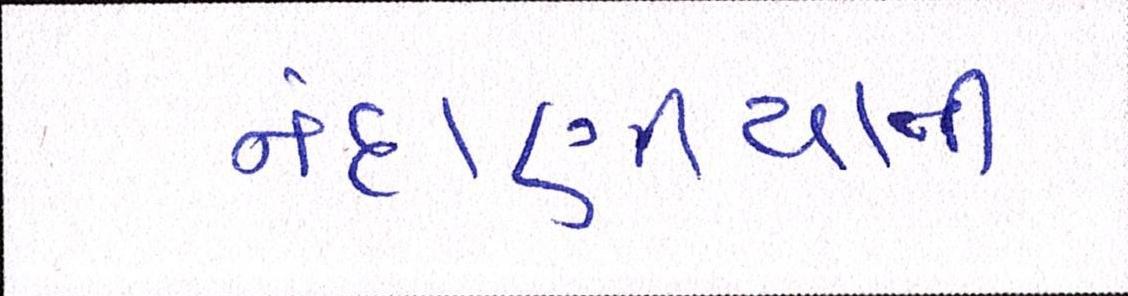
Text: નંદાણીયાની